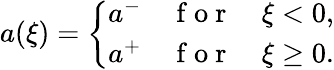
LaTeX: \begin{array}{r}{a(\xi)=\left\{ \begin{array}{ll}{a^{-}\quad\mathrm{~f~o~r~}\quad\xi<0,}\\ {a^{+}\quad\mathrm{~f~o~r~}\quad\xi\geq 0.}\end{array}\right.}\end{array}